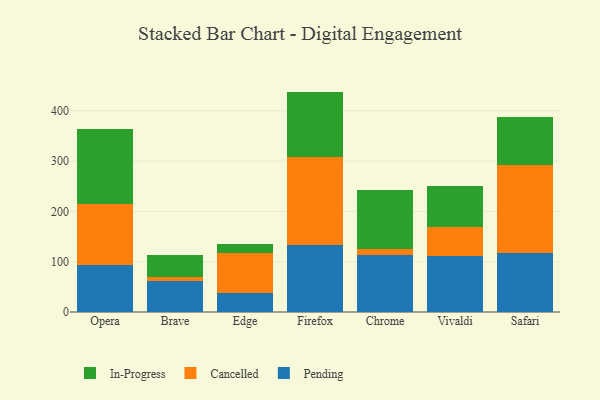
{"axis": {"x": "Browser", "y": "Population (Million)"}, "legend": ["Cancelled", "In-Progress", "Pending"], "data": [{"x": "Opera", "y": 92.8, "type": "Pending"}, {"x": "Opera", "y": 122.3, "type": "Cancelled"}, {"x": "Opera", "y": 148.8, "type": "In-Progress"}, {"x": "Brave", "y": 61.3, "type": "Pending"}, {"x": "Brave", "y": 8.6, "type": "Cancelled"}, {"x": "Brave", "y": 43.6, "type": "In-Progress"}, {"x": "Edge", "y": 37.7, "type": "Pending"}, {"x": "Edge", "y": 80.3, "type": "Cancelled"}, {"x": "Edge", "y": 17.2, "type": "In-Progress"}, {"x": "Firefox", "y": 133.7, "type": "Pending"}, {"x": "Firefox", "y": 174.4, "type": "Cancelled"}, {"x": "Firefox", "y": 130.1, "type": "In-Progress"}, {"x": "Chrome", "y": 113.9, "type": "Pending"}, {"x": "Chrome", "y": 10.4, "type": "Cancelled"}, {"x": "Chrome", "y": 118.2, "type": "In-Progress"}, {"x": "Vivaldi", "y": 111.6, "type": "Pending"}, {"x": "Vivaldi", "y": 58.1, "type": "Cancelled"}, {"x": "Vivaldi", "y": 80.7, "type": "In-Progress"}, {"x": "Safari", "y": 118.1, "type": "Pending"}, {"x": "Safari", "y": 174.7, "type": "Cancelled"}, {"x": "Safari", "y": 94.5, "type": "In-Progress"}]}